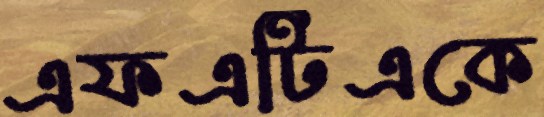
এফএটিএকে